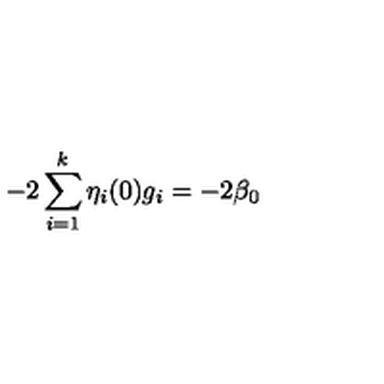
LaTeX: - 2 \sum _ { i = 1 } ^ { k } \eta _ { i } ( 0 ) g _ { i } = - 2 \beta _ { 0 }